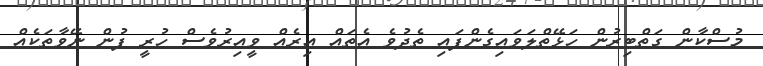
މުސްކާން ގަތްބިރުން ހަޅޭތްލަވައިގެންފައި ތެދުވެ އެތައް އިރެއް ވީއިރުވެސް ހުރީ ފުން ނޭވާތަކެއް